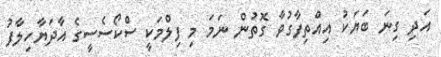
އަދި ގިނަ ބަޔަކު އިއްތިފާގުވާ ގޮތުން ނަމަ މި ފިލްމަކީ ސްކޯސެސީގެ އާދަޔާހިލާފު